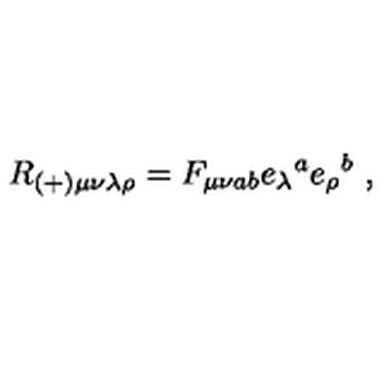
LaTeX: R _ { ( + ) \mu \nu \lambda \rho } = F _ { \mu \nu a b } e _ { \lambda } { } ^ { a } e _ { \rho } { } ^ { b } \ ,